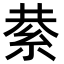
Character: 𮈍